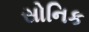
સોનિક